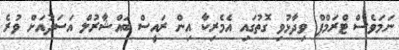
ނަަމަވެސް ޓްރަމްޕް ވިދާޅުވި ގޮތުގައި އެމެރިކާ އިން ރައީސް ބައްޝާރުލް އަސަދުއަށް ވުރެ